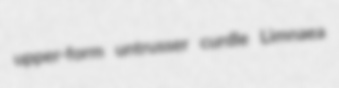
upper-form untrusser curdle Limnaea